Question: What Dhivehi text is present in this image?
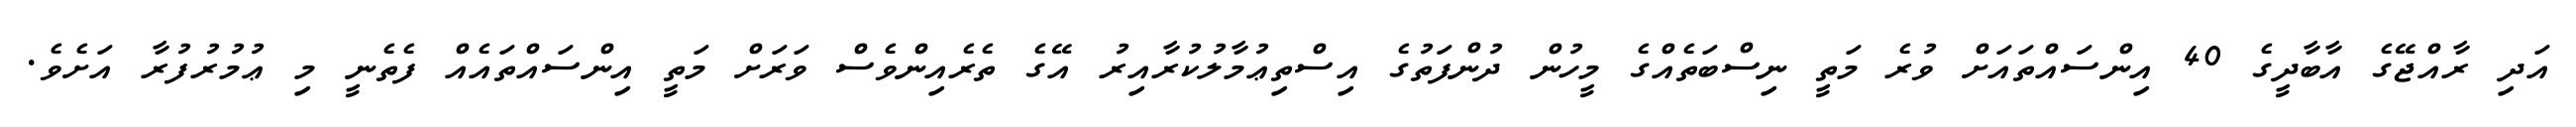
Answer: އަދި ރާއްޖޭގެ އާބާދީގެ 40 އިންސައްތައަށް ވުރެ މަތީ ނިސްބަތެއްގެ މީހުން ދުންފަތުގެ އިސްތިޢުމާލުކުރާއިރު އޭގެ ތެރެއިންވެސް ވަރަށް މަތީ އިންސައްތައެއް ފެތެނީ މި ޢުމުރުފުރާ އަށެވެ.